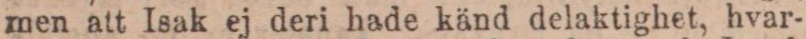
men att Isak ej deri hade känd delaktighet, hvar-